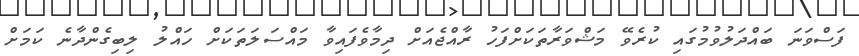
ފަސްވަނަ ބައްދަލުވުމުގައި ކުރެވޭ މަޝްވަރާތަކަށްފަހު ރާއްޖެއަށް ދިމާވެފައިވާ މައްސަލަތަކަށް ހައްލު ލިބިގެންދާނެ ކަމަށް